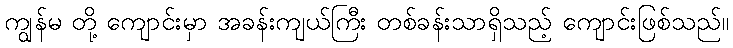
ကျွန်မ တို့ ကျောင်းမှာ အခန်းကျယ်ကြီး တစ်ခန်းသာရှိသည့် ကျောင်းဖြစ်သည်။